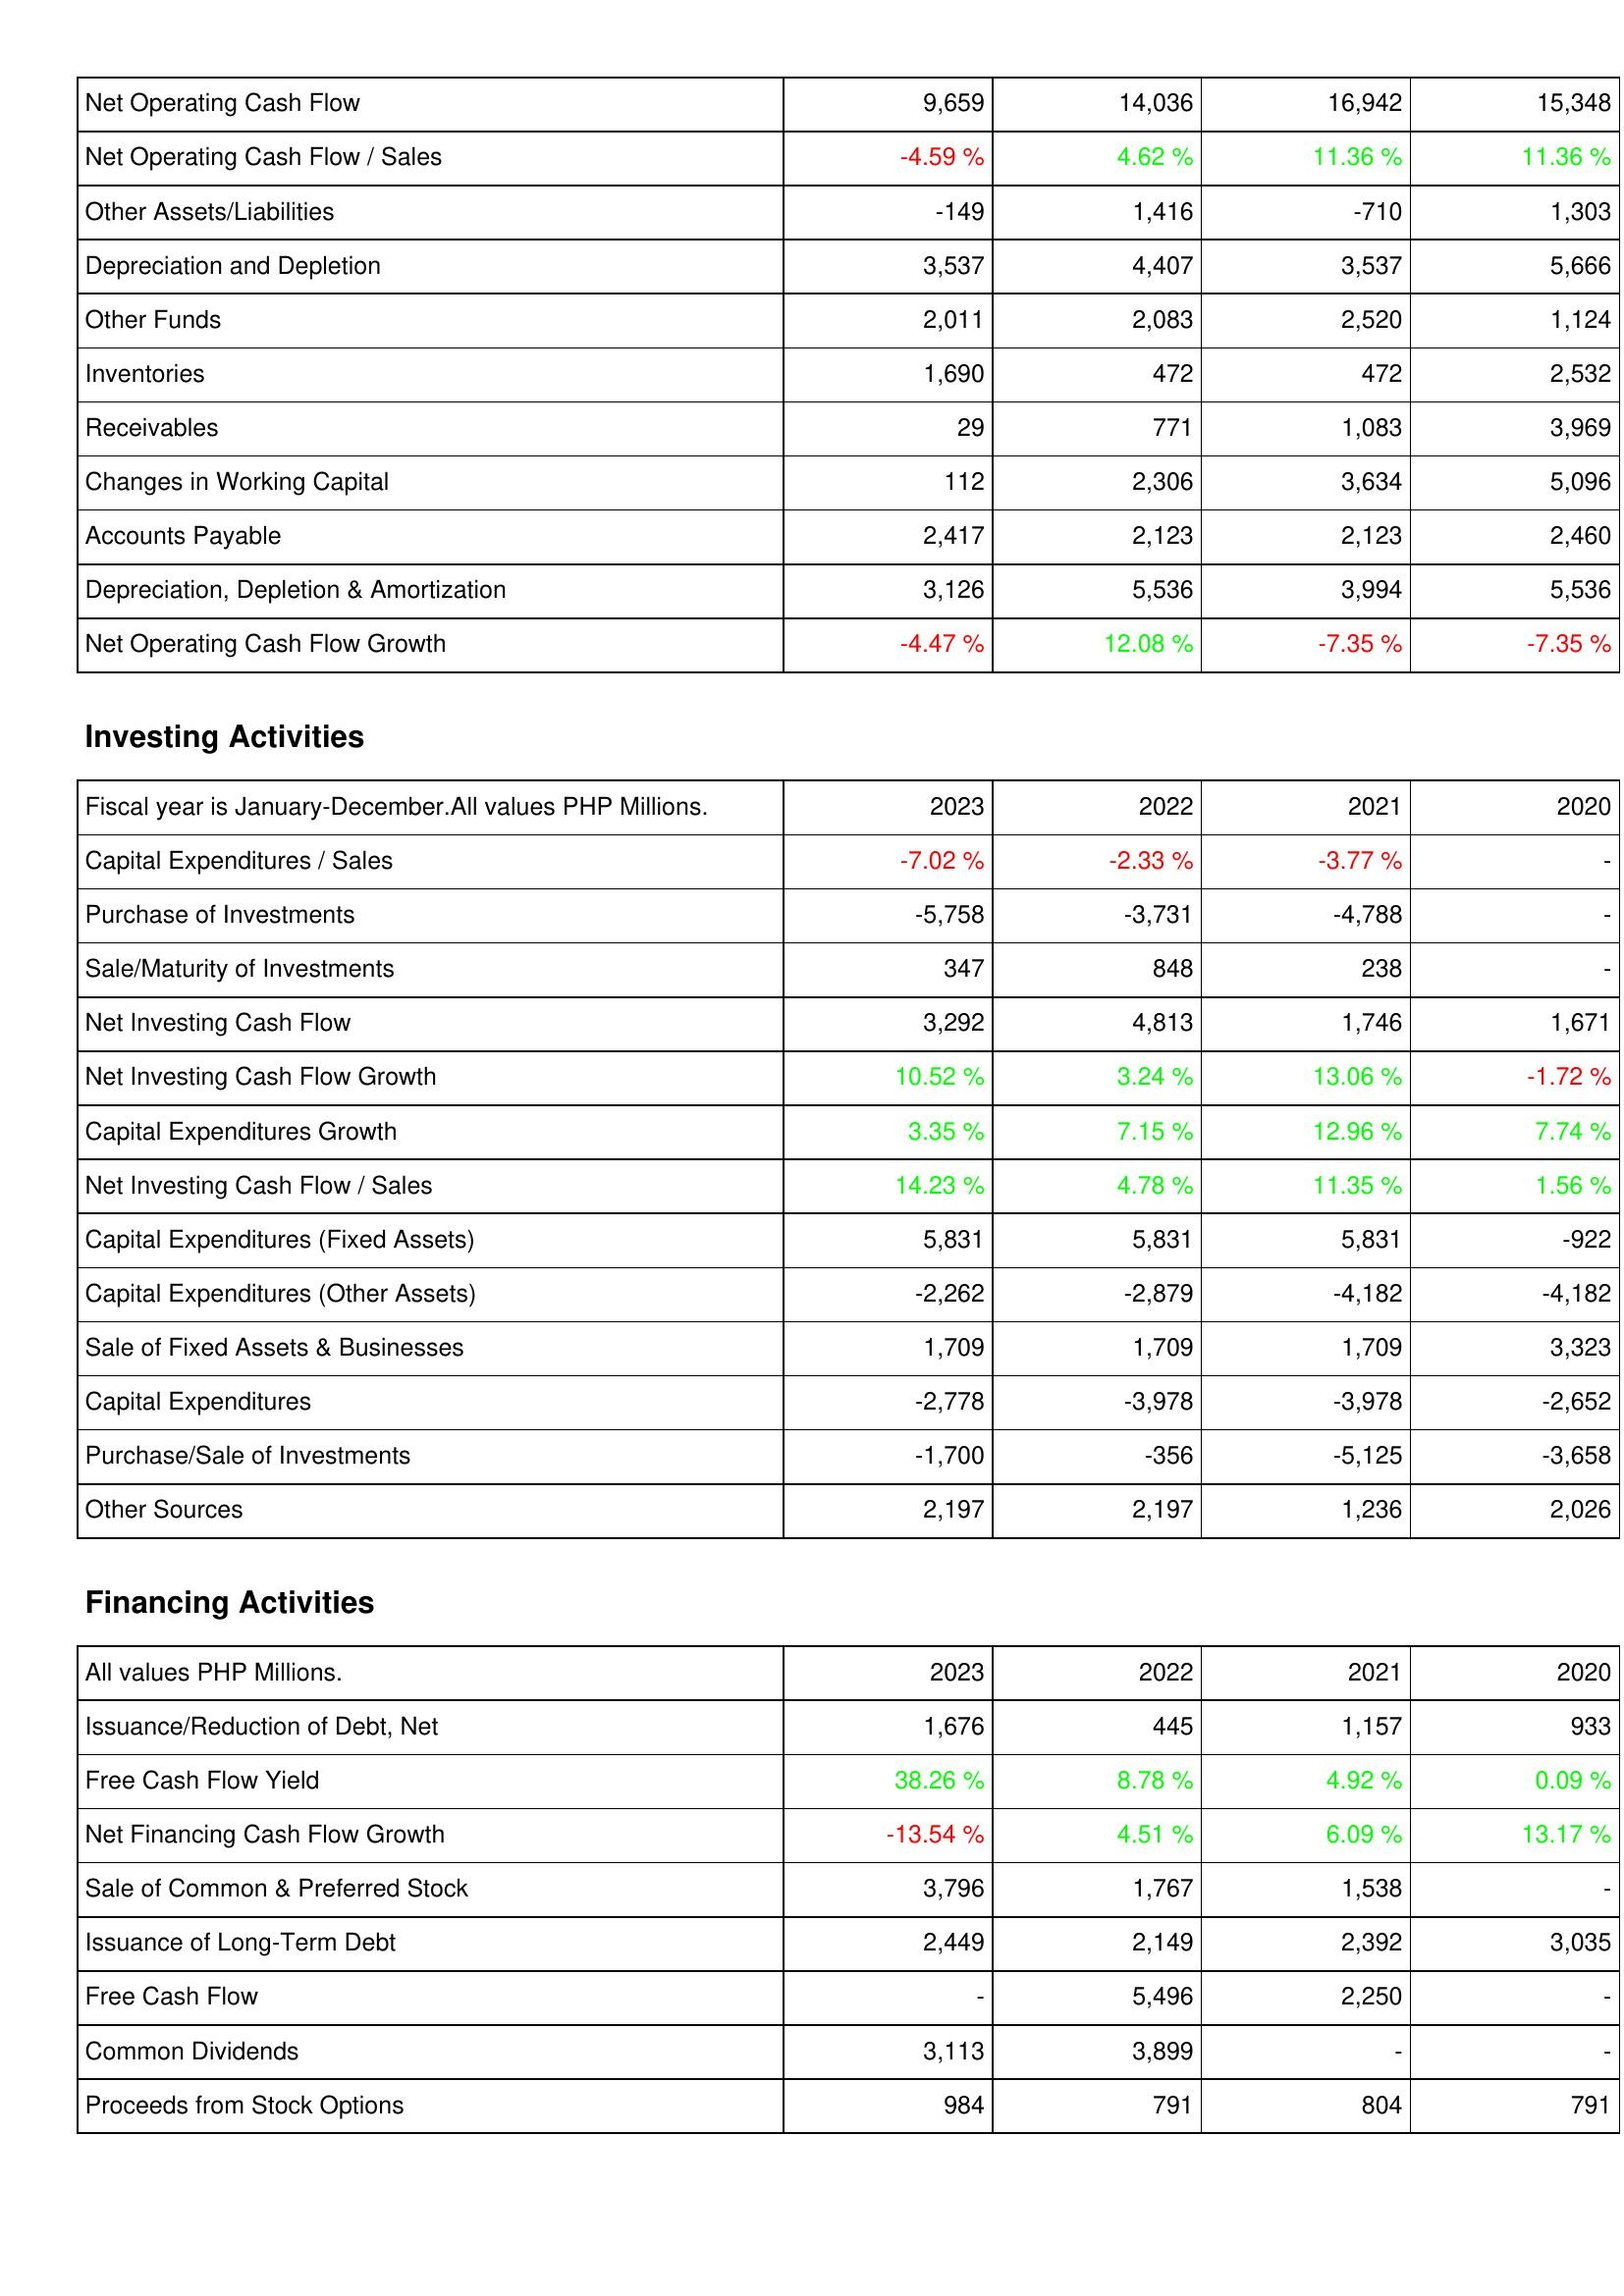
2023: Operating Activities: Net Operating Cash Flow: 9,659
Net Operating Cash Flow / Sales: -4.59 %
Other Assets/Liabilities: -149
Depreciation and Depletion: 3,537
Other Funds: 2,011
Inventories: 1,690
Receivables: 29
Changes in Working Capital: 112
Accounts Payable: 2,417
Depreciation, Depletion & Amortization: 3,126
Net Operating Cash Flow Growth: -4.47 %
Investing Activities: Capital Expenditures / Sales: -7.02 %
Purchase of Investments: -5,758
Sale/Maturity of Investments: 347
Net Investing Cash Flow: 3,292
Net Investing Cash Flow Growth: 10.52 %
Capital Expenditures Growth: 3.35 %
Net Investing Cash Flow / Sales: 14.23 %
Capital Expenditures (Fixed Assets): 5,831
Capital Expenditures (Other Assets): -2,262
Sale of Fixed Assets & Businesses: 1,709
Capital Expenditures: -2,778
Purchase/Sale of Investments: -1,700
Other Sources: 2,197
Financing Activities: Issuance/Reduction of Debt, Net: 1,676
Free Cash Flow Yield: 38.26 %
Net Financing Cash Flow Growth: -13.54 %
Sale of Common & Preferred Stock: 3,796
Issuance of Long-Term Debt: 2,449
Free Cash Flow: -
Common Dividends: 3,113
Proceeds from Stock Options: 984
2022: Operating Activities: Net Operating Cash Flow: 14,036
Net Operating Cash Flow / Sales: 4.62 %
Other Assets/Liabilities: 1,416
Depreciation and Depletion: 4,407
Other Funds: 2,083
Inventories: 472
Receivables: 771
Changes in Working Capital: 2,306
Accounts Payable: 2,123
Depreciation, Depletion & Amortization: 5,536
Net Operating Cash Flow Growth: 12.08 %
Investing Activities: Capital Expenditures / Sales: -2.33 %
Purchase of Investments: -3,731
Sale/Maturity of Investments: 848
Net Investing Cash Flow: 4,813
Net Investing Cash Flow Growth: 3.24 %
Capital Expenditures Growth: 7.15 %
Net Investing Cash Flow / Sales: 4.78 %
Capital Expenditures (Fixed Assets): 5,831
Capital Expenditures (Other Assets): -2,879
Sale of Fixed Assets & Businesses: 1,709
Capital Expenditures: -3,978
Purchase/Sale of Investments: -356
Other Sources: 2,197
Financing Activities: Issuance/Reduction of Debt, Net: 445
Free Cash Flow Yield: 8.78 %
Net Financing Cash Flow Growth: 4.51 %
Sale of Common & Preferred Stock: 1,767
Issuance of Long-Term Debt: 2,149
Free Cash Flow: 5,496
Common Dividends: 3,899
Proceeds from Stock Options: 791
2021: Operating Activities: Net Operating Cash Flow: 16,942
Net Operating Cash Flow / Sales: 11.36 %
Other Assets/Liabilities: -710
Depreciation and Depletion: 3,537
Other Funds: 2,520
Inventories: 472
Receivables: 1,083
Changes in Working Capital: 3,634
Accounts Payable: 2,123
Depreciation, Depletion & Amortization: 3,994
Net Operating Cash Flow Growth: -7.35 %
Investing Activities: Capital Expenditures / Sales: -3.77 %
Purchase of Investments: -4,788
Sale/Maturity of Investments: 238
Net Investing Cash Flow: 1,746
Net Investing Cash Flow Growth: 13.06 %
Capital Expenditures Growth: 12.96 %
Net Investing Cash Flow / Sales: 11.35 %
Capital Expenditures (Fixed Assets): 5,831
Capital Expenditures (Other Assets): -4,182
Sale of Fixed Assets & Businesses: 1,709
Capital Expenditures: -3,978
Purchase/Sale of Investments: -5,125
Other Sources: 1,236
Financing Activities: Issuance/Reduction of Debt, Net: 1,157
Free Cash Flow Yield: 4.92 %
Net Financing Cash Flow Growth: 6.09 %
Sale of Common & Preferred Stock: 1,538
Issuance of Long-Term Debt: 2,392
Free Cash Flow: 2,250
Common Dividends: -
Proceeds from Stock Options: 804
2020: Operating Activities: Net Operating Cash Flow: 15,348
Net Operating Cash Flow / Sales: 11.36 %
Other Assets/Liabilities: 1,303
Depreciation and Depletion: 5,666
Other Funds: 1,124
Inventories: 2,532
Receivables: 3,969
Changes in Working Capital: 5,096
Accounts Payable: 2,460
Depreciation, Depletion & Amortization: 5,536
Net Operating Cash Flow Growth: -7.35 %
Investing Activities: Capital Expenditures / Sales: -
Purchase of Investments: -
Sale/Maturity of Investments: -
Net Investing Cash Flow: 1,671
Net Investing Cash Flow Growth: -1.72 %
Capital Expenditures Growth: 7.74 %
Net Investing Cash Flow / Sales: 1.56 %
Capital Expenditures (Fixed Assets): -922
Capital Expenditures (Other Assets): -4,182
Sale of Fixed Assets & Businesses: 3,323
Capital Expenditures: -2,652
Purchase/Sale of Investments: -3,658
Other Sources: 2,026
Financing Activities: Issuance/Reduction of Debt, Net: 933
Free Cash Flow Yield: 0.09 %
Net Financing Cash Flow Growth: 13.17 %
Sale of Common & Preferred Stock: -
Issuance of Long-Term Debt: 3,035
Free Cash Flow: -
Common Dividends: -
Proceeds from Stock Options: 791